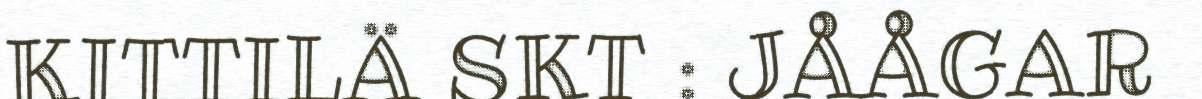
KITTILÄ SKT : JÅÅGAR